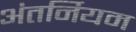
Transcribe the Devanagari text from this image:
अंतर्नियम